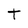
Character: t